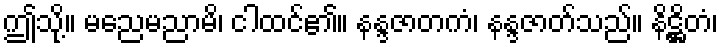
ဤသို့။ မညေမညာမိ၊ ငါထင်၏။ နန္ဒဇာတကံ၊ နန္ဒဇာတ်သည်။ နိဋ္ဌိတံ၊